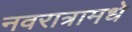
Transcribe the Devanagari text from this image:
नवरात्रामधे